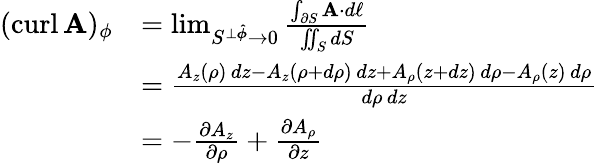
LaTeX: {\begin{array}{rl}{(\operatorname{curl}\mathbf{A})_{\phi}}&{=\operatorname*{lim}_{S^{\perp{\boldsymbol{\hat{\phi}}}}\to 0}{\frac{\int_{\partial S}\mathbf{A}\cdot d\mathbf{\ell}}{\iint_{S}dS}}}\\ &{={\frac{A_{z}(\rho)\, dz-A_{z}(\rho+d\rho)\, dz+A_{\rho}(z+dz)\, d\rho-A_{\rho}(z)\, d\rho}{d\rho\, dz}}}\\ &{=-{\frac{\partial A_{z}}{\partial\rho}}+{\frac{\partial A_{\rho}}{\partial z}}}\end{array}}